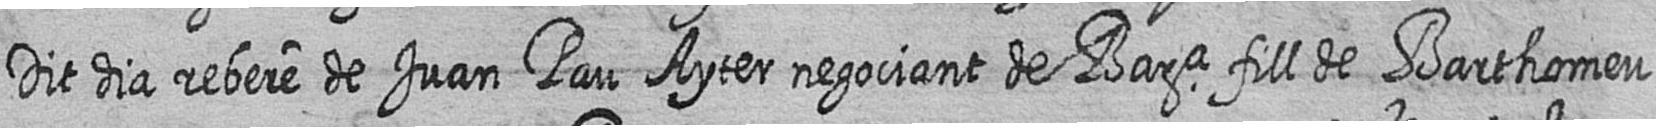
Dit dia rebere de Juan Pau Ayter negociant de Bara fill de Barthomeu